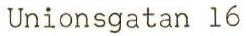
Unionsgatan 16